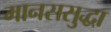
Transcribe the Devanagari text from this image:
मानससुद्धा